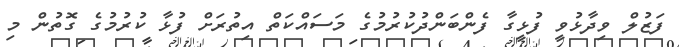
ފަޒުލް ވިދާޅުވީ ފުޅީގާ ފެންބަންދުކުރުމުގެ މަސައްކަތް އިތުރަށް ފުޅާ ކުރުމުގެ ގޮތުން މި